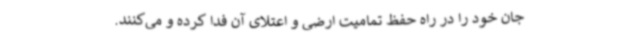
جان خود را در راه حفظ تمامیت ارضی و اعتلای آن فدا کرده و می‌کنند.